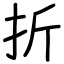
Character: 折